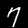
Label: 7